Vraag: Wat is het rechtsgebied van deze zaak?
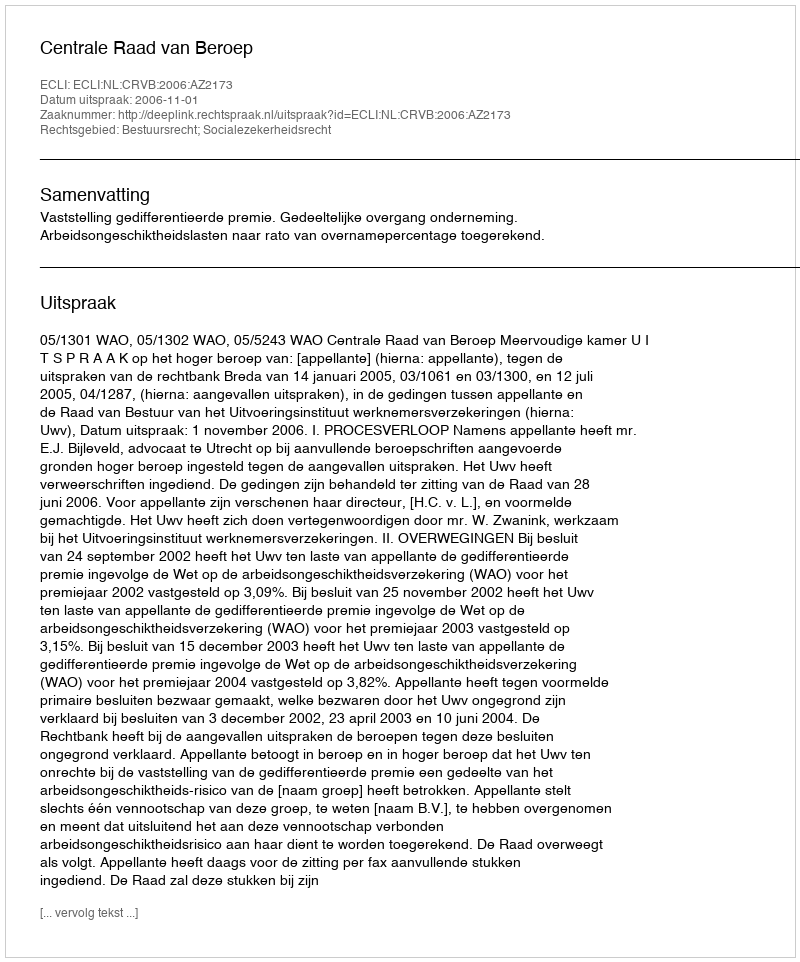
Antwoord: Bestuursrecht; Socialezekerheidsrecht